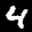
Label: 4